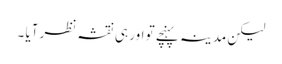
لیکن مدینہ پہنچے تو اور ہی نقشہ نظر آیا ۔